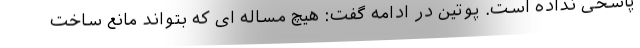
پاسخی نداده است. پوتین در ادامه گفت: هیچ مساله ای که بتواند مانع ساخت